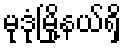
မုဒုံမြို့နယ်ရှိ